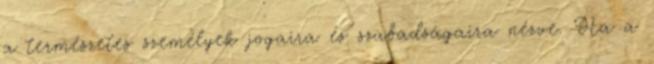
a természetes személyek jogaira és szabadságaira nézve. Ha a